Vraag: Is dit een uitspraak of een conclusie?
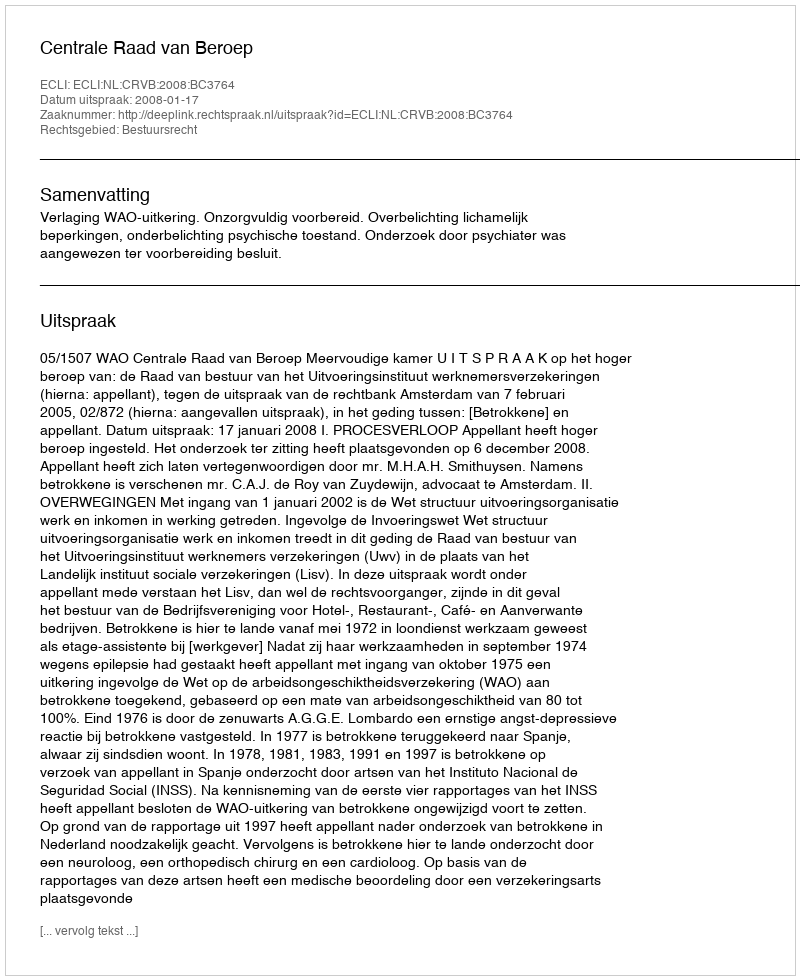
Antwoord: Uitspraak